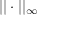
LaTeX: | | \cdot | | _ { \infty }